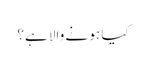
کیا ہو نے والا ہے؟